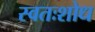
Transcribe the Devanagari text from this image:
स्वतःशोध